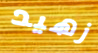
زهيد